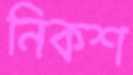
নিকশ